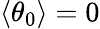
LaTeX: \langle\theta_{0}\rangle=0